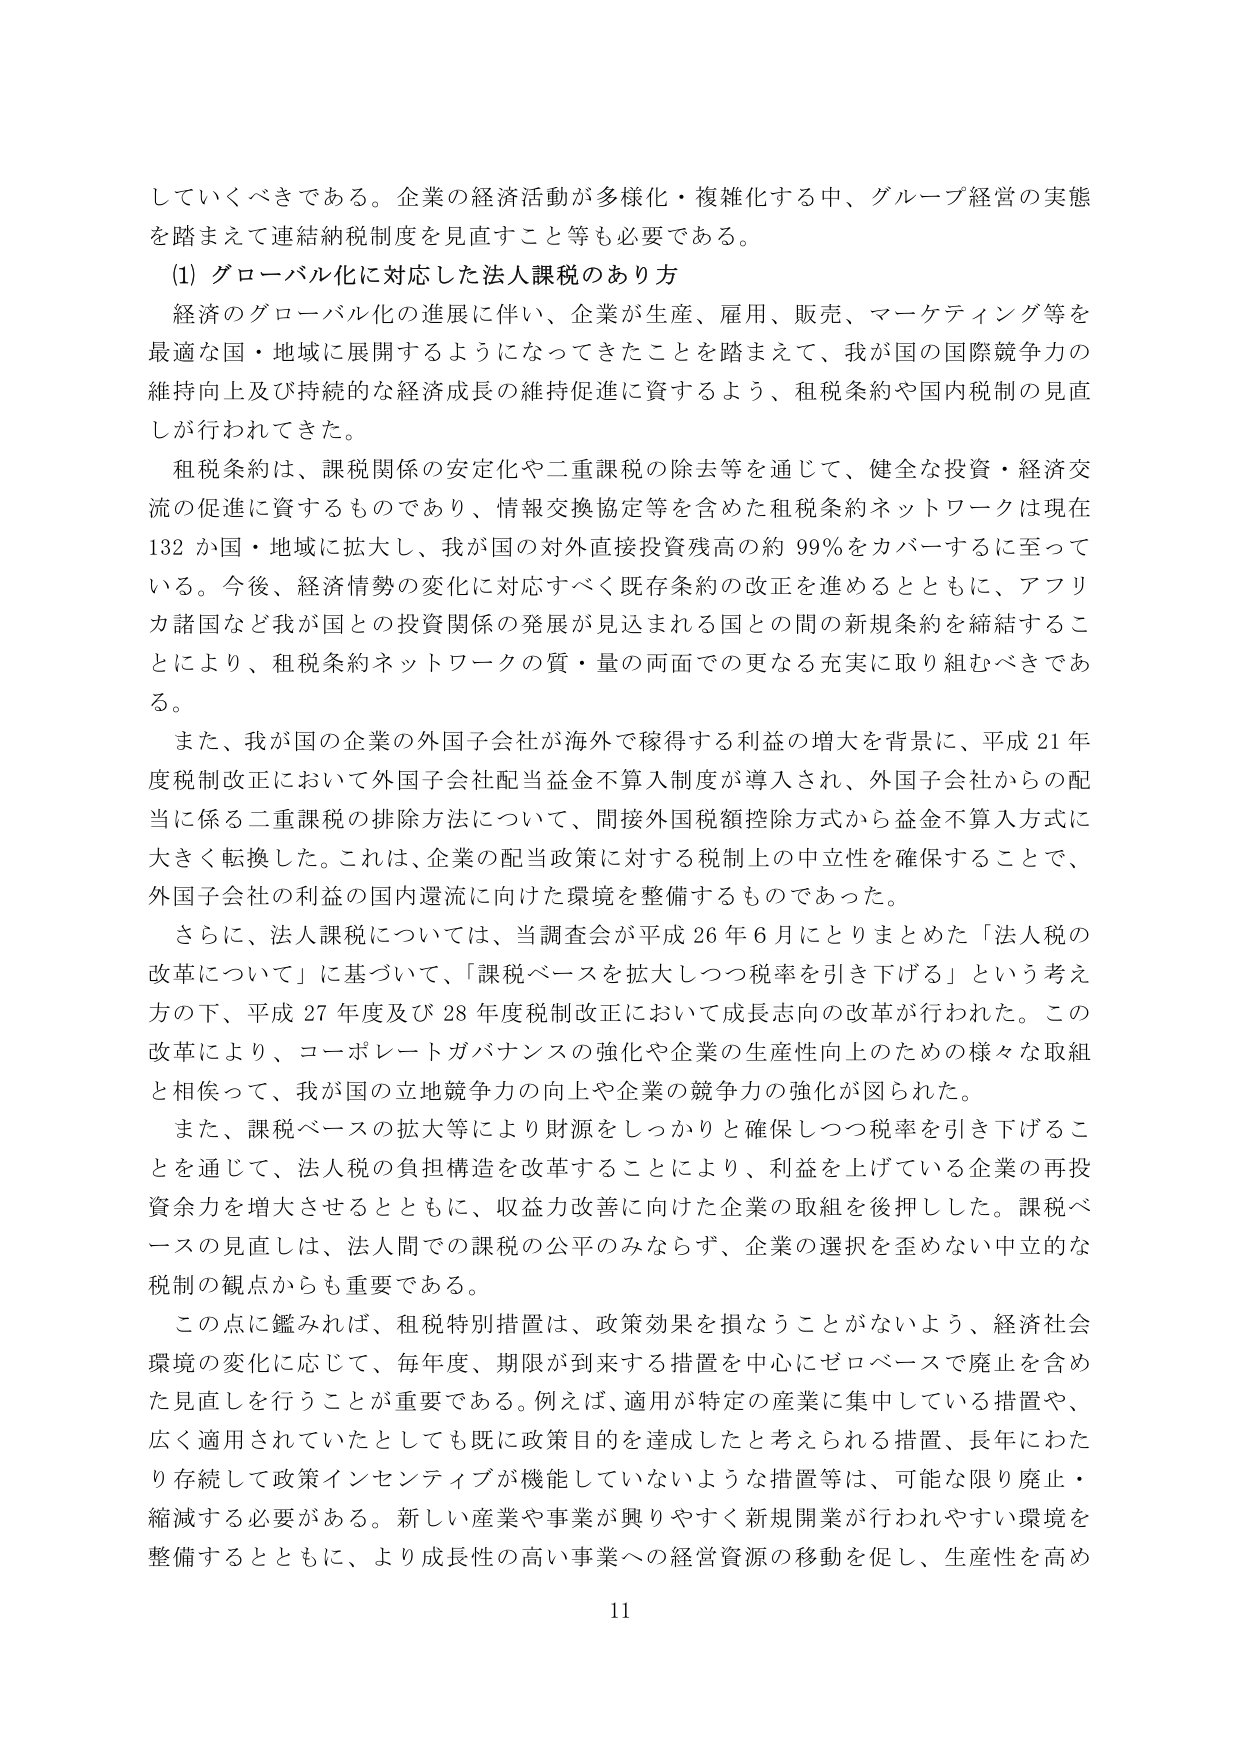
していくべきである。企業の経済活動が多様化・複雑化する中、グループ経営の実態を踏まえて連結納税制度を見直すこと等も必要である。

(1) グローバル化に対応した法人課税のあり方

経済のグローバル化の進展に伴い、企業が生産、雇用、販売、マーケティング等を最適な国・地域に展開するようになってきたことを踏まえて、我が国の国際競争力の維持向上及び持続的な経済成長の維持促進に資するよう、租税条約や国内税制の見直しが行われてきた。

租税条約は、課税関係の安定化や二重課税の除去等を通じて、健全な投資・経済交流の促進に資するものであり、情報交換協定等を含めた租税条約ネットワークは現在132か国・地域に拡大し、我が国の対外直接投資残高の約99％をカバーするに至っている。今後、経済情勢の変化に対応すべく既存条約の改正を進めるとともに、アフリカ諸国など我が国との投資関係の発展が見込まれる国との間の新規条約を締結することにより、租税条約ネットワークの質・量の両面での更なる充実に取り組むべきである。

また、我が国の企業の外国子会社が海外で稼得する利益の増大を背景に、平成21年度税制改正において外国子会社配当益金不算入制度が導入され、外国子会社からの配当に係る二重課税の排除方法について、間接外国税額控除方式から益金不算入方式に大きく転換した。これは、企業の配当政策に対する税制上の中立性を確保することで、外国子会社の利益の国内還流に向けた環境を整備するものであった。

さらに、法人課税については、当調査会が平成26年6月にとりまとめた「法人税の改革について」に基づいて、「課税ベースを拡大しつつ税率を引き下げる」という考え方の下、平成27年度及び28年度税制改正において成長志向の改革が行われた。この改革により、コーポレートガバナンスの強化や企業の生産性向上のための様々な取組と相俟って、我が国の立地競争力の向上や企業の競争力の強化が図られた。

また、課税ベースの拡大等により財源をしっかりと確保しつつ税率を引き下げることを通じて、法人税の負担構造を改革することにより、利益を上げている企業の再投資余力を増大させるとともに、収益力改善に向けた企業の取組を後押しした。課税ベースの見直しは、法人間での課税の公平のみならず、企業の選択を歪めない中立的な税制の観点からも重要である。

この点に鑑みれば、租税特別措置は、政策効果を損なうことがないよう、経済社会環境の変化に応じて、毎年度、期限が到来する措置を中心にゼロベースで廃止を含めた見直しを行うことが重要である。例えば、適用が特定の産業に集中している措置や、広く適用されていたとしても既に政策目的を達成したと考えられる措置、長年にわたり存続して政策インセンティブが機能していないような措置等は、可能な限り廃止・縮減する必要がある。新しい産業や事業が興りやすく新規開業が行われやすい環境を整備するとともに、より成長性の高い事業への経営資源の移動を促し、生産性を高め

11